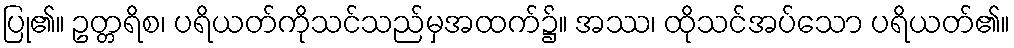
ပြု၏။ ဥတ္တရိစ၊ ပရိယတ်ကိုသင်သည်မှအထက်၌။ အဿ၊ ထိုသင်အပ်သော ပရိယတ်၏။